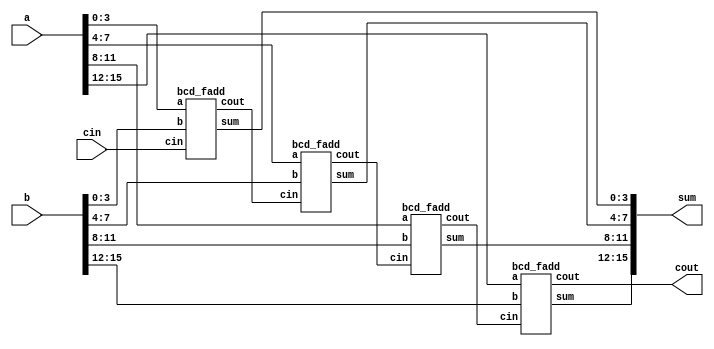
// Just doin this for EDA playground :)
// EP Wave has only hexa decimal representation

// 4 Digit is equivalent to 16 bit binary

module Day_8_4digit_BCD_Adder(input [15:0] a, b,
    						  input cin,
                              output cout,
                              output [15:0] sum );
  
  wire cout1, cout2, cout3;  //Three intermediate cout variables to transfer the couts.
    
    bcd_fadd instance1(.a(a[3:0]),
                        .b(b[3:0]),
                        .sum(sum[3:0]),
                        .cout(cout1),
                        .cin(cin));
    
    bcd_fadd instance2 (.a(a[7:4]), .b(b[7:4]), .sum(sum[7:4]), .cout(cout2), .cin(cout1));
    
    bcd_fadd instance3 (.a(a[11:8]), .b(b[11:8]), .sum(sum[11:8]), .cout(cout3), .cin(cout2));
    
    bcd_fadd instance4 (.a(a[15:12]), .b(b[15:12]), .sum(sum[15:12]), .cout(cout), .cin(cout3));

endmodule

module bcd_fadd(input [3:0] a,
                input [3:0] b,
                input     cin,
                output   cout,
    			output [3:0] sum );
  
  assign {cout, sum} = a + b + cin;
  
endmodule